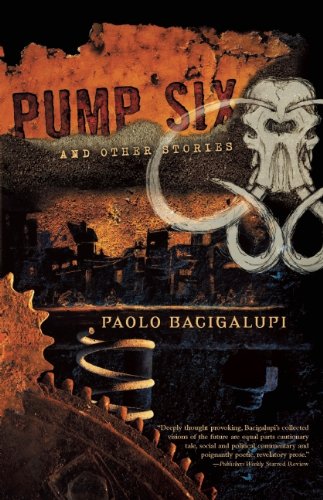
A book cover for Pump Six and Other Stories; Paolo Bacigalupi; Science Fiction & Fantasy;